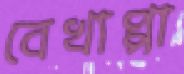
বেখাপ্পা